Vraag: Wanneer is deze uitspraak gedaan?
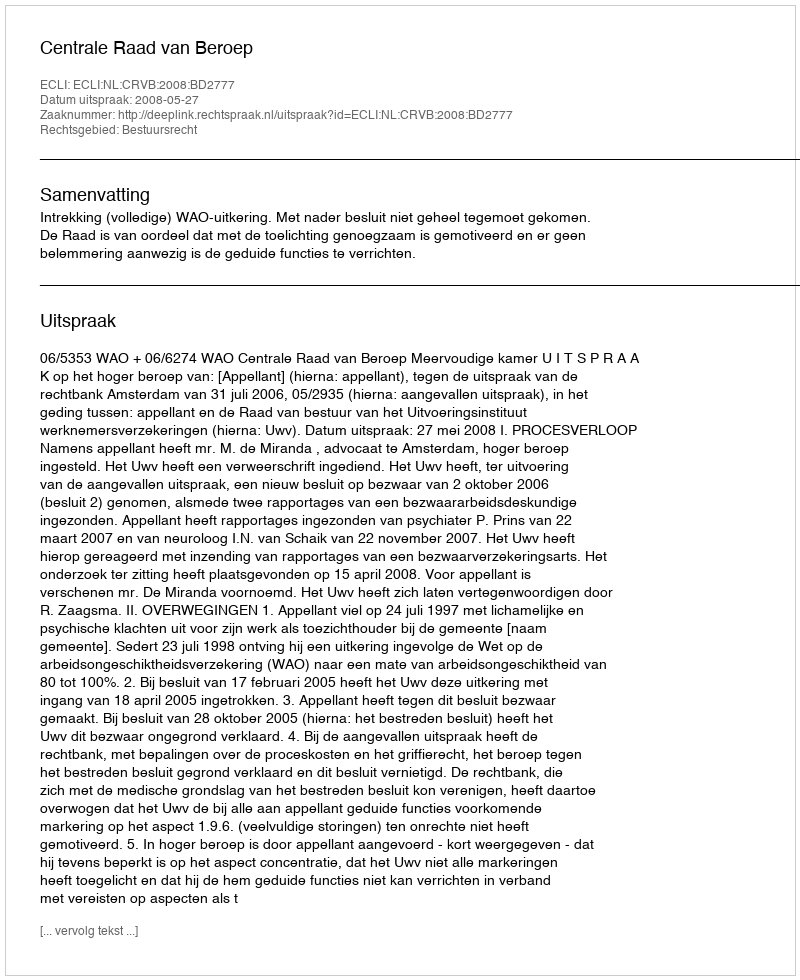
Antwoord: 2008-05-27